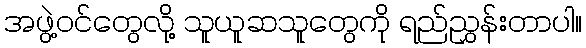
အဖွဲ့ဝင်တွေလို့ သူယူဆသူတွေကို ရည်ညွှန်းတာပါ။